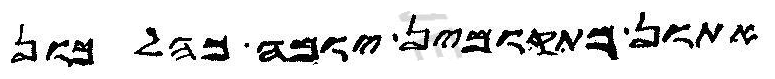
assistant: אתון מתקוממין יומה כהלכון